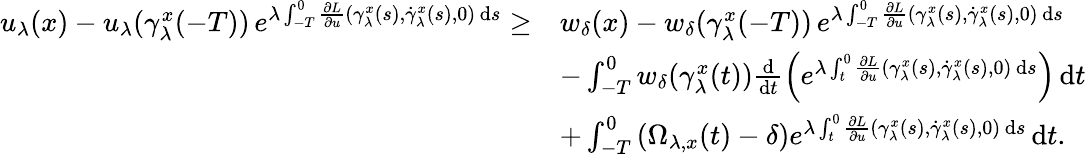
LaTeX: \begin{array}{rl}{u_{\lambda}(x)-u_{\lambda}(\gamma_{\lambda}^{x}(-T))\, e^{\lambda\int_{-T}^{0}\frac{\partial L}{\partial u}(\gamma_{\lambda}^{x}(s),\dot{\gamma}_{\lambda}^{x}(s),0)\, \mathrm{d}s}\geq}&{w_{\delta}(x)-w_{\delta}(\gamma_{\lambda}^{x}(-T))\, e^{\lambda\int_{-T}^{0}\frac{\partial L}{\partial u}(\gamma_{\lambda}^{x}(s),\dot{\gamma}_{\lambda}^{x}(s),0)\, \mathrm{d}s}}\\ &{-\int_{-T}^{0}w_{\delta}(\gamma_{\lambda}^{x}(t))\frac{\mathrm{d}}{\mathrm{d}t}\Big(e^{\lambda\int_{t}^{0}\frac{\partial L}{\partial u}(\gamma_{\lambda}^{x}(s),\dot{\gamma}_{\lambda}^{x}(s),0)\, \mathrm{d}s}\Big)\, \mathrm{d}t}\\ &{+\int_{-T}^{0}\left(\Omega_{\lambda,x}(t)-\delta\right)e^{\lambda\int_{t}^{0}\frac{\partial L}{\partial u}(\gamma_{\lambda}^{x}(s),\dot{\gamma}_{\lambda}^{x}(s),0)\, \mathrm{d}s}\, \mathrm{d}t.}\end{array}